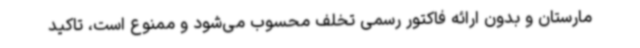
مارستان و بدون ارائه فاکتور رسمی تخلف محسوب می‌شود و ممنوع است، تاکید